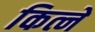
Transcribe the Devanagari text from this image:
कित्ने